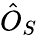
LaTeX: \hat{O}_{S}